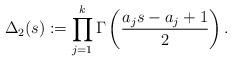
LaTeX: \begin{align*}\Delta_2(s):=\prod_{j=1}^{k}\Gamma\left(\frac{a_js-a_j+1}{2}\right). \end{align*}